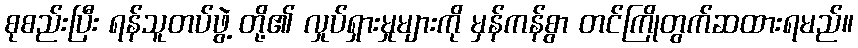
စုစည်းပြီး ရန်သူတပ်ဖွဲ့ တို့၏ လှုပ်ရှားမှုများကို မှန်ကန်စွာ တင်ကြိုတွက်ဆထားရမည်။